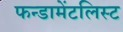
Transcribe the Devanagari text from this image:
फन्डामेंटलिस्ट